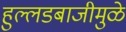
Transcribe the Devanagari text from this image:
हुल्लडबाजीमुळे